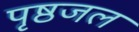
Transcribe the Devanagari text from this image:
पृष्ठजल